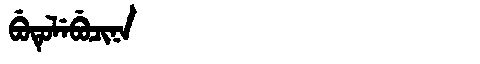
Manchu: ᠪᡠᡨᡠᠯᡝᠪᡠᠴᡳᠨᠠ
Romanization: BUTULEBUCINA